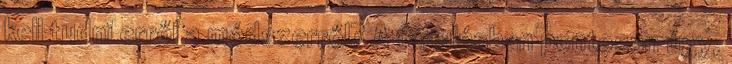
kell tudni erről a módszerről? A tanulásban pontosan úgy,